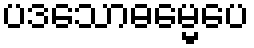
ပဒသောဓမ္မေပေ